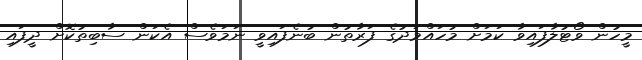
މީހުން ވޯޓުލާފައިވާ ކަމަށް މުހައްމަދުގެ ފަރާތުން ބުނެފައިވީ ނަމަވެސް އެކަން ސާބިތުކޮށް ދީފައި